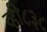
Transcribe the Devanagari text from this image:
व्ही८३८